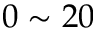
0 \sim 2 0